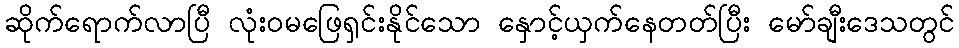
ဆိုက်ရောက်လာပြီ လုံးဝမဖြေရှင်းနိုင်သော နှောင့်ယှက်နေတတ်ပြီး မော်ချီးဒေသတွင်